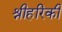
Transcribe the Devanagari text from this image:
श्रीहरिकी